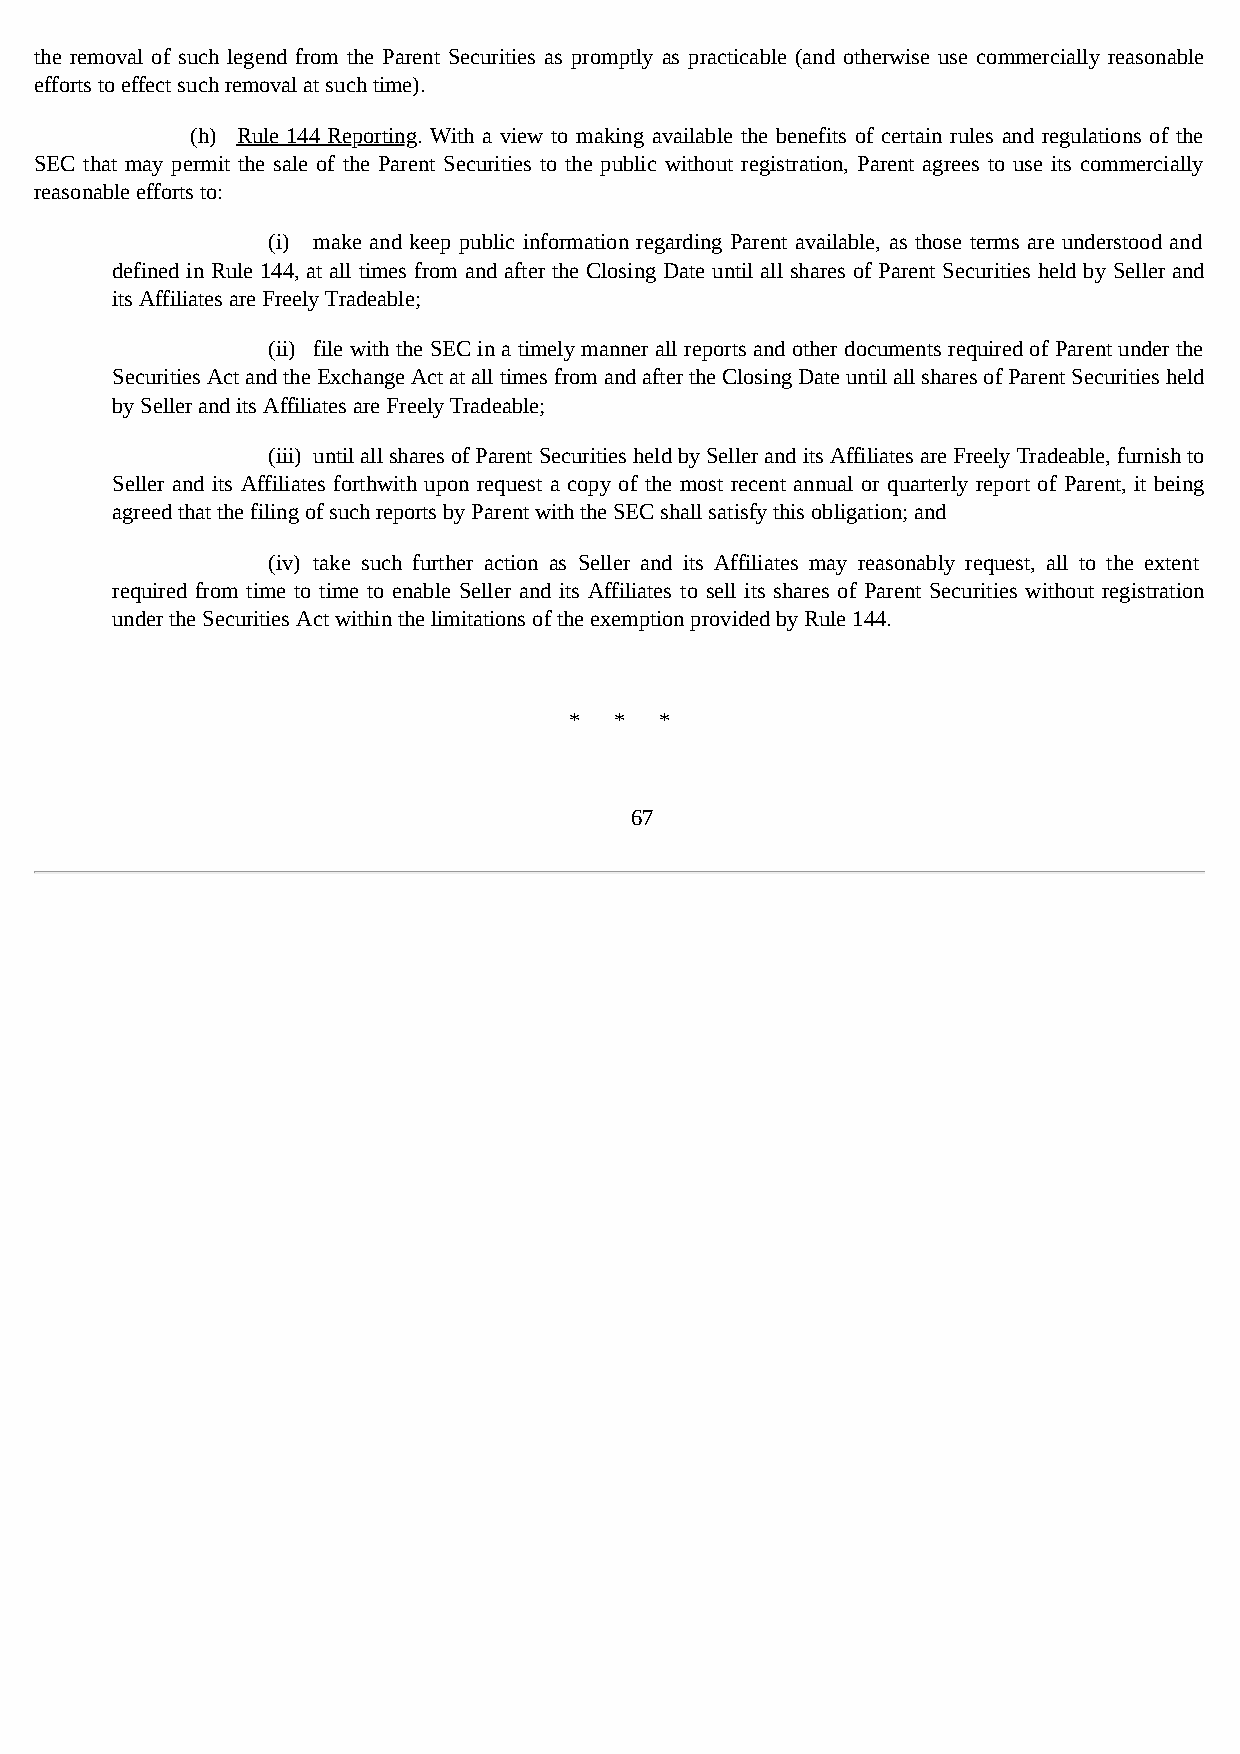
the removal of such legend from the Parent Securities as promptly as practicable (and otherwise use commercially reasonable
 efforts to effect such removal at such time).
 (h) Rule 144 Reporting. With a view to making available the benefits of certain rules and regulations of the
 SEC that may permit the sale of the Parent Securities to the public without registration, Parent agrees to use its commercially
 reasonable efforts to:
 (i) make and keep public information regarding Parent available, as those terms are understood and
 defined in Rule 144, at all times from and after the Closing Date until all shares of Parent Securities held by Seller and
 its Affiliates are Freely Tradeable;
 (ii) file with the SEC in a timely manner all reports and other documents required of Parent under the
 Securities Act and the Exchange Act at all times from and after the Closing Date until all shares of Parent Securities held
 by Seller and its Affiliates are Freely Tradeable;
 (iii) until all shares of Parent Securities held by Seller and its Affiliates are Freely Tradeable, furnish to
 Seller and its Affiliates forthwith upon request a copy of the most recent annual or quarterly report of Parent, it being
 agreed that the filing of such reports by Parent with the SEC shall satisfy this obligation; and
 (iv) take such further action as Seller and its Affiliates may reasonably request, all to the extent
 required from time to time to enable Seller and its Affiliates to sell its shares of Parent Securities without registration
 under the Securities Act within the limitations of the exemption provided by Rule 144.
 *  *  *
 67